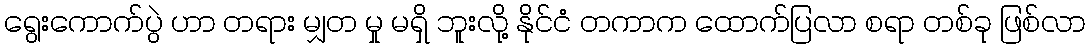
ရွေးကောက်ပွဲ ဟာ တရား မျှတ မှု မရှိ ဘူးလို့ နိုင်ငံ တကာက ထောက်ပြလာ စရာ တစ်ခု ဖြစ်လာ